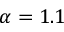
\alpha = 1 . 1